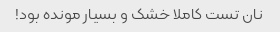
نان تست کاملا خشک و بسیار مونده بود!